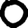
Digit: 0